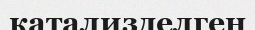
катализделген